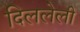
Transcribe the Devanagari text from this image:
दिललेली